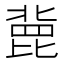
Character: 𣬏